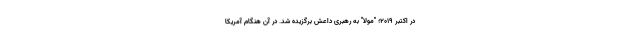
در اکتبر 2019؛ "مولا" به رهبری داعش برگزیده شد. در آن هنگام آمریکا